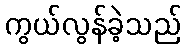
ကွယ်လွန်ခဲ့သည်